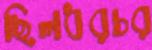
ছিলধরচর